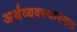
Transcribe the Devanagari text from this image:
अर्थव्यवस्थापनात